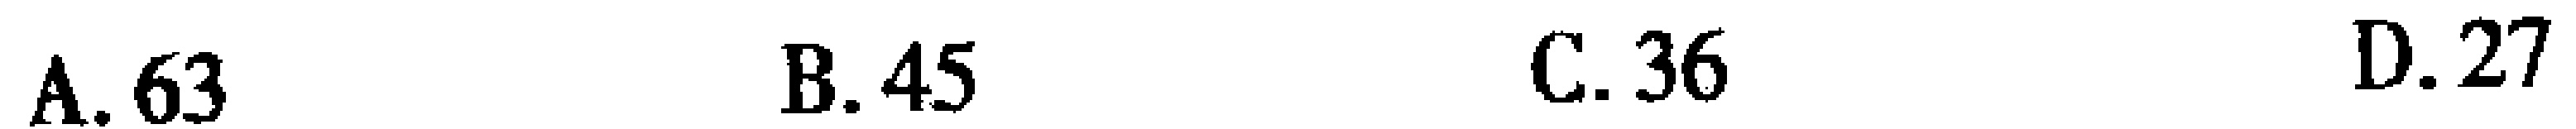
A. 63  B. 45  C. 36  D. 27